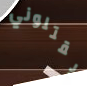
يقتلوني